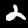
Digit: 2